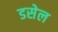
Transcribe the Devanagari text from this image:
डसेल